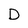
Character: D